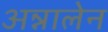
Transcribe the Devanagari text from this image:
अन्नालेन